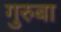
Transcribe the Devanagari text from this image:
गुरुबा